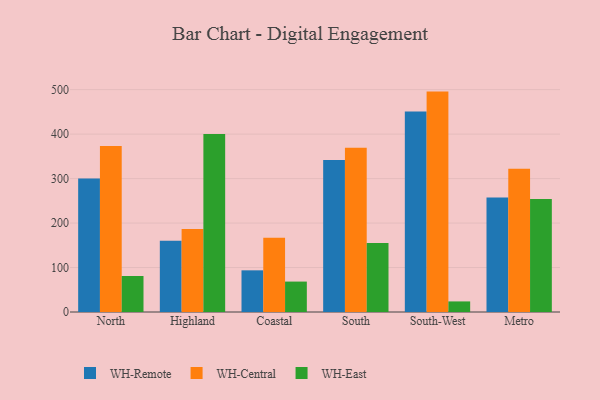
{"axis": {"x": "Region", "y": "Operating Costs (USD K)"}, "legend": ["WH-Central", "WH-East", "WH-Remote"], "data": [{"x": "North", "y": 300.4, "type": "WH-Remote"}, {"x": "North", "y": 373.1, "type": "WH-Central"}, {"x": "North", "y": 81.0, "type": "WH-East"}, {"x": "Highland", "y": 160.3, "type": "WH-Remote"}, {"x": "Highland", "y": 186.8, "type": "WH-Central"}, {"x": "Highland", "y": 400.1, "type": "WH-East"}, {"x": "Coastal", "y": 93.7, "type": "WH-Remote"}, {"x": "Coastal", "y": 166.7, "type": "WH-Central"}, {"x": "Coastal", "y": 68.4, "type": "WH-East"}, {"x": "South", "y": 341.7, "type": "WH-Remote"}, {"x": "South", "y": 369.1, "type": "WH-Central"}, {"x": "South", "y": 155.3, "type": "WH-East"}, {"x": "South-West", "y": 451.0, "type": "WH-Remote"}, {"x": "South-West", "y": 495.6, "type": "WH-Central"}, {"x": "South-West", "y": 23.8, "type": "WH-East"}, {"x": "Metro", "y": 257.2, "type": "WH-Remote"}, {"x": "Metro", "y": 322.0, "type": "WH-Central"}, {"x": "Metro", "y": 253.9, "type": "WH-East"}]}